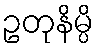
ဥတုနိမ္ပိ